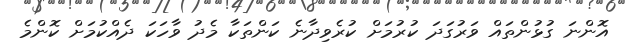
އޮންނަ ގުޅުންތައް ވަރުގަދަ ކުރުމަށް ކުރެވިދާނެ ކަންތަކާ މެދު ވާހަކަ ދެއްކުމަށް ކޮންމެ